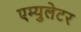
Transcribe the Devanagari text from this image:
एम्युलेटर